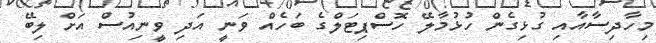
މިހާދިސާއާއި ގުޅިގެން ހުޅުމާލޭ ހޮސްޕިޓަލްގެ ބަހެއް ވަނީ އަދި ވީނިއުސް އަށް ލިބޭ